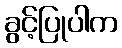
ခွင့်ပြုပါက